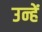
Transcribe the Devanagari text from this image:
उन्हेंं